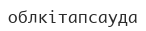
облкітапсауда